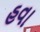
હવા